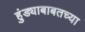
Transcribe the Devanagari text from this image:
हुंड्याबाबतच्या